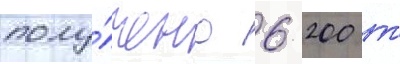
полу́чено 6 200 т